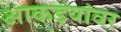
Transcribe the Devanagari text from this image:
आकड्यांवर